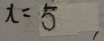
x = 5 ,